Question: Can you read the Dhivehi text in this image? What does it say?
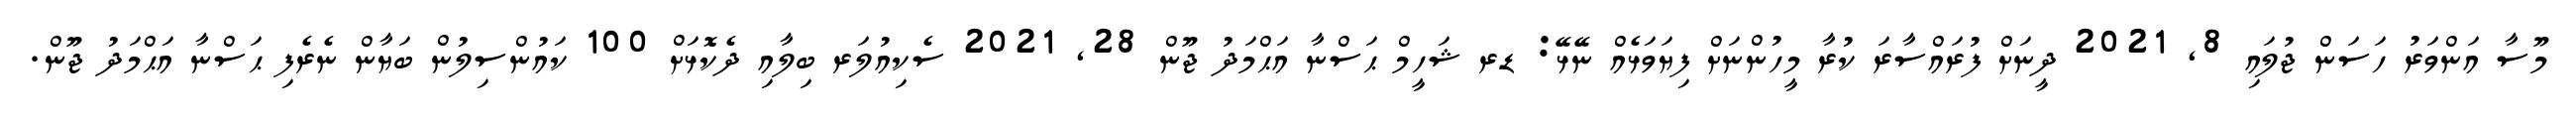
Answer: މޫސާ އަންވަރު ހަސަން ޖުލައި 8, 2021 ދީނަށް ފުރައްސާރަ ކުރާ މީހުންނަށް ފިޔަވަޅެއް ނޭޅޭ: ޑރ ޝަހީމް ޙަސްނާ އަޙްމަދު ޖޫން 28, 2021 ސެކިއުލަރ ބިލާއި ދެކޮޅަށް 100 ކައުންސިލުން ބަޔާން ނެރެފި ޙަސްނާ އަޙްމަދު ޖޫން.